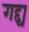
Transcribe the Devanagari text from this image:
गद्द्य